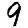
Digit: 9